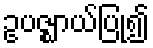
ဥပဇ္ဈာယ်ပြု၍